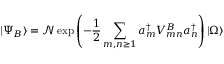
| \Psi _ { B } \rangle = \mathcal { N } \exp \left( - { \frac { 1 } { 2 } } \sum _ { m , n \geq 1 } a _ { m } ^ { \dagger } V _ { m n } ^ { B } a _ { n } ^ { \dagger } \right) | \Omega \rangle